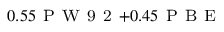
_ { 0 . 5 5 \mathrm { ~ P ~ W ~ 9 ~ 2 ~ } + 0 . 4 5 \mathrm { ~ P ~ B ~ E ~ } }